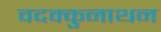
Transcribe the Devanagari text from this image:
वदक्कुनाथन